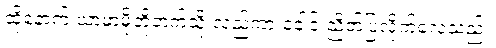
ထို့နောက် ယာမာမိုတိုဘက်သို့ လှည့်ကာ ခေါင်းညိတ်ပြလိုက်လေသည်။